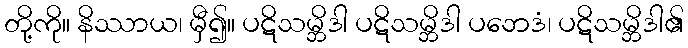
တို့ကို။ နိဿာယ၊ မှီ၍။ ပဋိသမ္ဘိဒါ ပဋိသမ္ဘိဒါ ပဘေဒံ၊ ပဋိသမ္ဘိဒါ၏